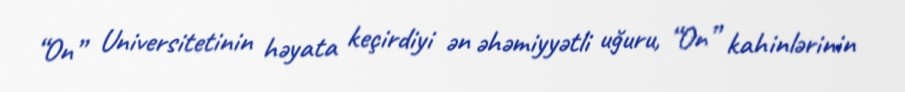
“On” Universitetinin həyata keçirdiyi ən əhəmiyyətli uğuru, “On” kahinlərinin